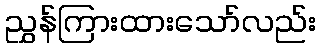
ညွှန်ကြားထားသော်လည်း